65_HS1-834228961_62-HQ-83894_Section_2
Agency: FBI
Page 118
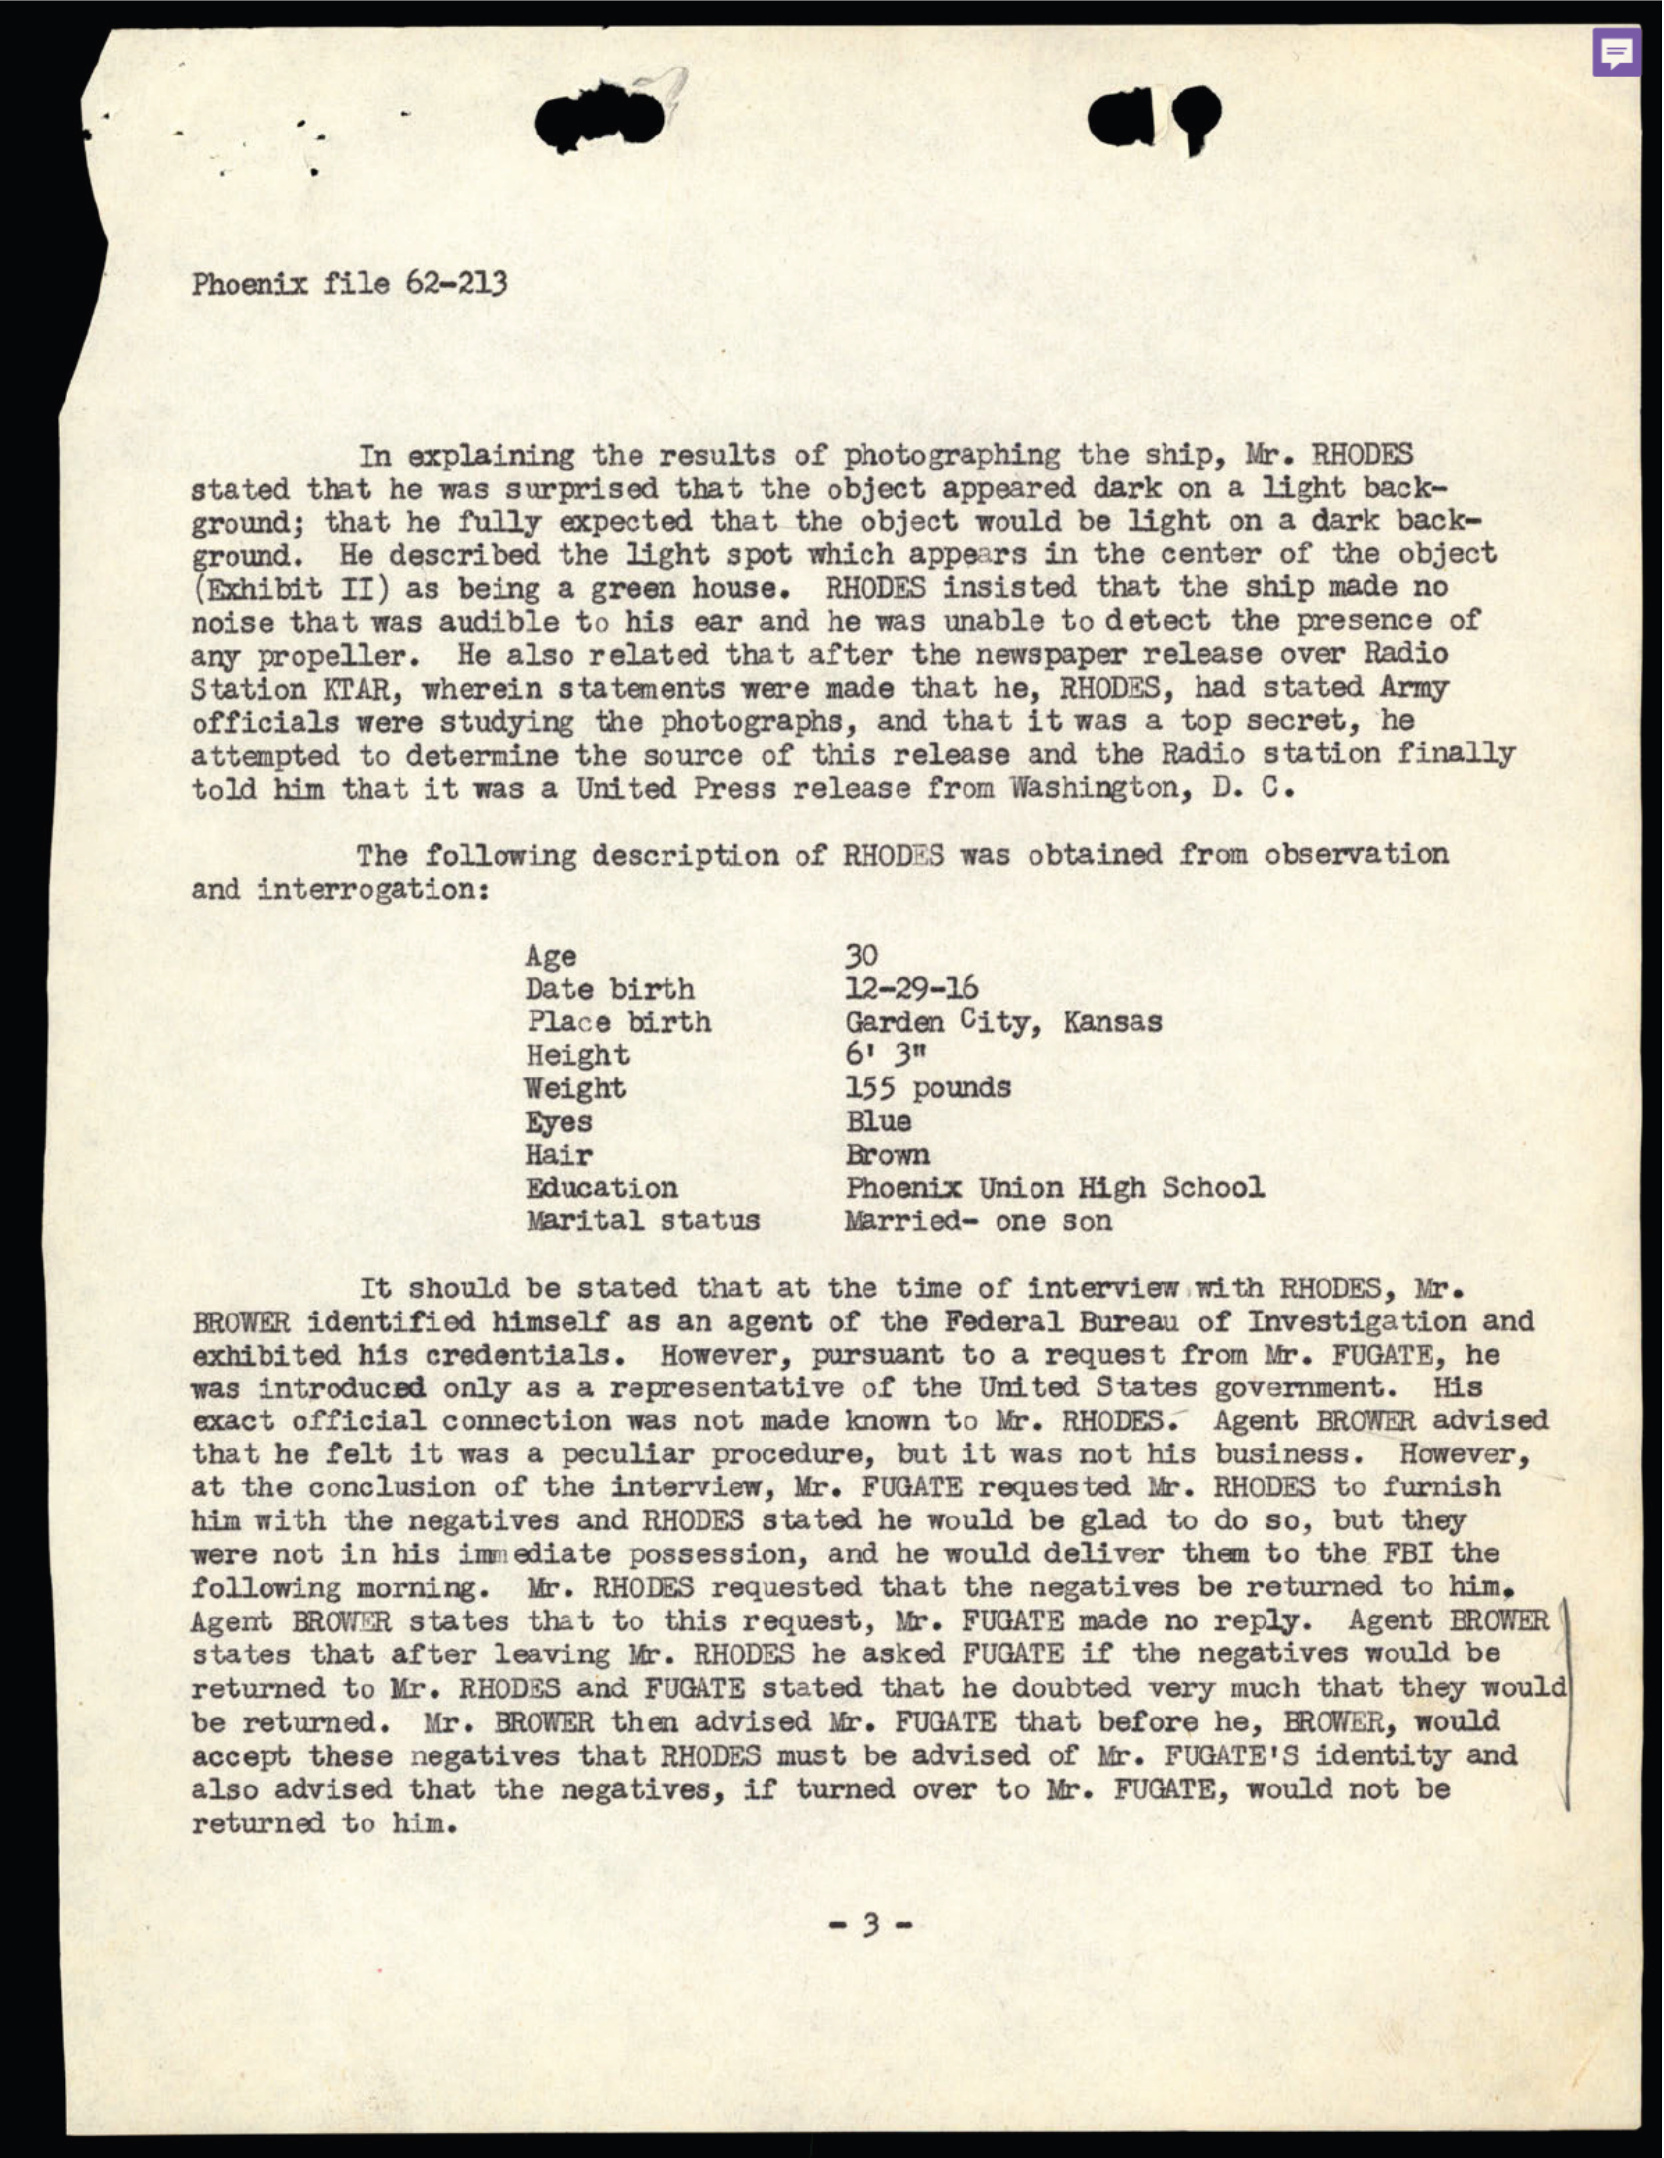